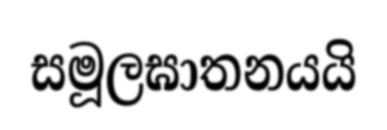
සමූලඝාතනයයි